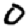
Digit: 0